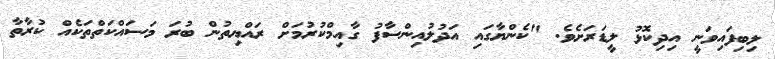
ލިބިފައިވަނީ އިދިކޮޅު ލީޑަރަށެވެ. "ކެންޔާގައި އަދުލުއިންސާފު ގާއިމްކުރުމަށް ރައްޔިތުން ބުރަ މަސައްކަތްތަކެއް ކުރާތާ